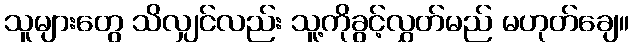
သူများတွေ သိလျှင်လည်း သူ့ကိုခွင့်လွှတ်မည် မဟုတ်ချေ။